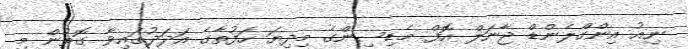
ނިއު އިންގްލެންޑް ޖާނަލް އޮފް މެޑިސިންގެ މިދިޔަ ހަފުތާގެ އަދަދުގައިވާ ގޮތުން މި